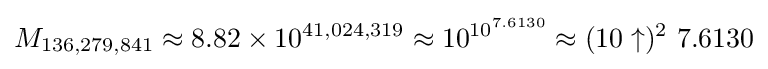
M_{136,279,841}\approx 8.82\times 10^{41,024,319}\approx 10^{10^{7.6130}}\approx (10\uparrow )^{2}\ 7.6130